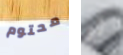
محتوم لو